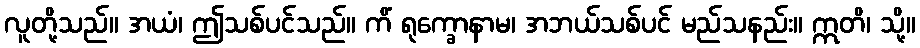
လူတို့သည်။ အယံ၊ ဤသစ်ပင်သည်။ ကိံ ရုက္ခောနာမ၊ အဘယ်သစ်ပင် မည်သနည်း။ ဣတိ၊ သို့။